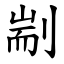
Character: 剬